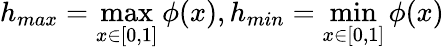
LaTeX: h_{max}=\operatorname*{max}_{x\in[0,1]}\phi(x),h_{min}=\operatorname*{min}_{x\in[0,1]}\phi(x)